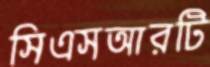
সিএসআরটি